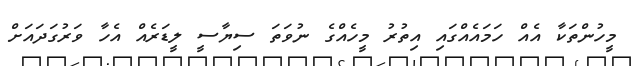
މީހުންތަކާ އެއް ހަމައެއްގައި އިތުރު މީހެއްގެ ނުވަތަ ސިޔާސީ ލީޑަރެއް އެހާ ވަރުގަދައަށް